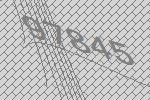
97845